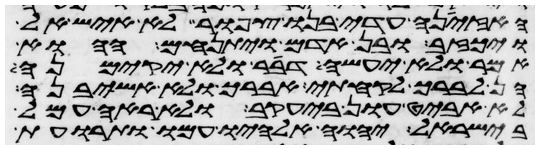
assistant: האזינה עדי בנו צפור לא איש אל
ויכזב ובן אדם ויתנחם ההוא
אמר ולא יעשה דבר ולא יקימנה
הן לברך לקחתי אברך ולא אשיבנה
לא אביט און ביעקב ולא ראה עמל
בישראל יהוה אלהיו עמו ותרועת